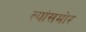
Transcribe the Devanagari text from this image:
त्यांसमोर